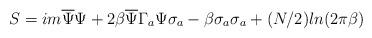
LaTeX: \begin{align*}S = im\overline{\Psi}\Psi + 2\beta\overline{\Psi}\Gamma_a\Psi \sigma_a - \beta\sigma_a\sigma_a + (N/2) ln(2 \pi \beta)\end{align*}